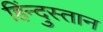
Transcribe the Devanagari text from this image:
हिंन्दुस्तान